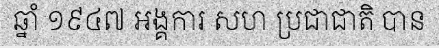
ឆ្នាំ ១៩៤៧ អង្គការ សហ ប្រជាជាតិ បាន